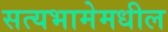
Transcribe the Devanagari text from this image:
सत्यभामेमधील